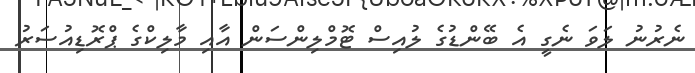
ނެރުނު ލަވަ ނެގީ އެ ބޭންޑުގެ ލުއިސް ޓޮމްލިންސަން އާއި މާލިކްގެ ޕްރޮޑިއުސަރު